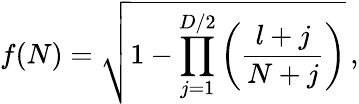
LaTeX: f(N)=\sqrt{1-\prod_{j=1}^{D/2}\left(\frac{l+j}{N+j}\right)}\, ,